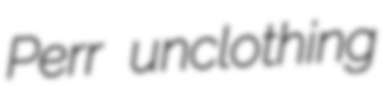
Perr unclothing